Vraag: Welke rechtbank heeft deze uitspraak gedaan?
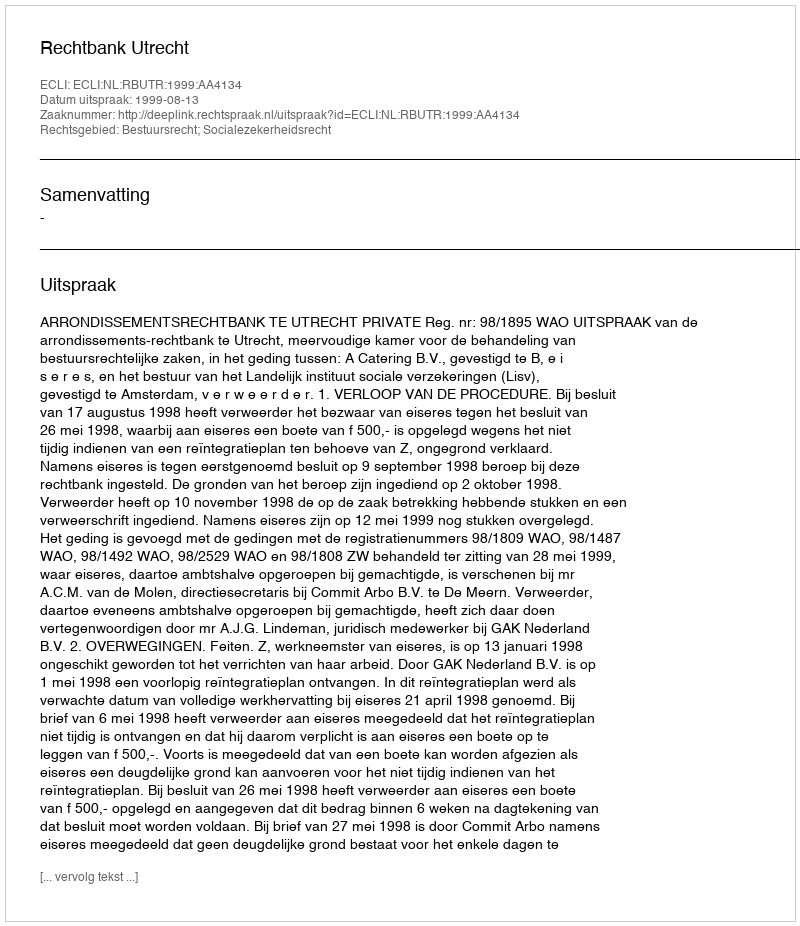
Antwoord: Rechtbank Utrecht